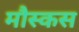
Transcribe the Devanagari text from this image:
मौस्कस